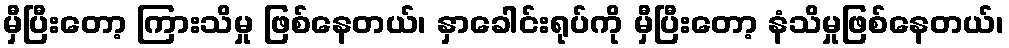
မှီပြီးတော့ ကြားသိမှု ဖြစ်နေတယ်၊ နှာခေါင်းရုပ်ကို မှီပြီးတော့ နံသိမှုဖြစ်နေတယ်၊